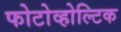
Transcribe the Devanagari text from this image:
फोटोव्होल्टिक